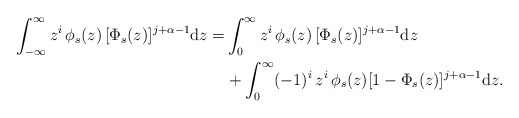
\begin{align*}\int_{-\infty}^\infty z^i\,\phi_s(z)\,[\Phi_s(z)]^{j+\alpha-1}\mathrm{d}z=&\int_0^\infty z^i\,\phi_s(z)\,[\Phi_s(z)]^{j+\alpha-1}\mathrm{d}z\\&+ \int_0^\infty (-1)^i\,z^i\,\phi_s(z)[1-\Phi_s(z)]^{j+\alpha-1}\mathrm{d}z.\end{align*}